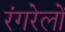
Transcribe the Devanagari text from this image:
रंगरेलों